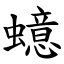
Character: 䗷